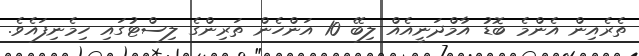
ތެރެއިން އެންމެ ބޮޑު އާމްދަނީއެއް ލިބޭ 10 އަންހެން ތަރިންގެ ލިސްޓުގައި ހިމެނިފައެވެ.